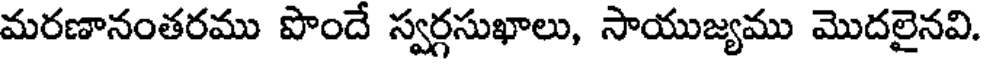
మరణానంతరము పొందే స్వర్గసుఖాలు, సాయుజ్యము మొదలైనవి.